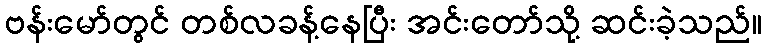
ဗန်းမော်တွင် တစ်လခန့်နေပြီး အင်းတော်သို့ ဆင်းခဲ့သည်။